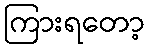
ကြားရတော့